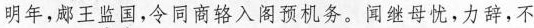
明年，郕王坚国，令同商铬入阁面机务。闻继母忧，力辞，不